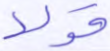
قولا